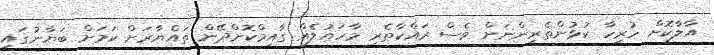
އާލާކޮށް ހުރިހާ ކުޅުންތެރިންނަށް ވެސް ރައްކާތެރި މާހައުލެއް ގާއިމްކޮށްދޭން ތައްޔާރަށް ކަމަށް ބަޔާނުގައި